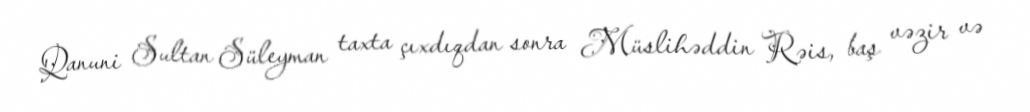
Qanuni Sultan Süleyman taxta çıxdıqdan sonra Müslihəddin Rəis, baş vəzir və